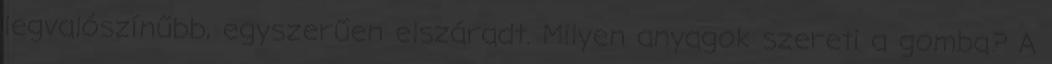
legvalószínűbb, egyszerűen elszáradt. Milyen anyagok szereti a gomba? A